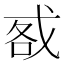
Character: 㦴